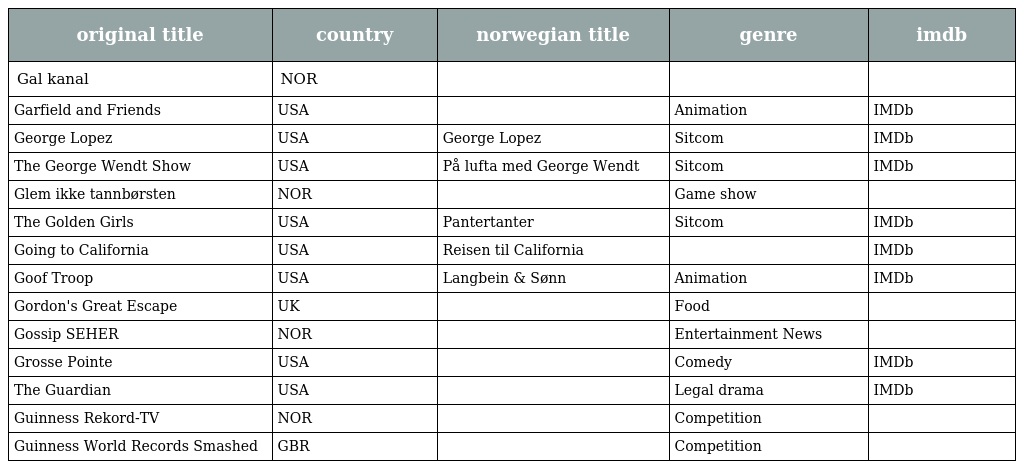
| original title | country | norwegian title | genre | imdb |
 | --- | --- | --- | --- | --- |
 | Gal kanal | NOR |  |  |  |
 | Garfield and Friends | USA |  | Animation | IMDb |
 | George Lopez | USA | George Lopez | Sitcom | IMDb |
 | The George Wendt Show | USA | På lufta med George Wendt | Sitcom | IMDb |
 | Glem ikke tannbørsten | NOR |  | Game show |  |
 | The Golden Girls | USA | Pantertanter | Sitcom | IMDb |
 | Going to California | USA | Reisen til California |  | IMDb |
 | Goof Troop | USA | Langbein & Sønn | Animation | IMDb |
 | Gordon's Great Escape | UK |  | Food |  |
 | Gossip SEHER | NOR |  | Entertainment News |  |
 | Grosse Pointe | USA |  | Comedy | IMDb |
 | The Guardian | USA |  | Legal drama | IMDb |
 | Guinness Rekord-TV | NOR |  | Competition |  |
 | Guinness World Records Smashed | GBR |  | Competition |  |